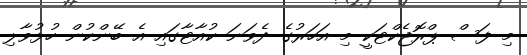
މި ފަސް ޕްރޮޖެކްޓަކީ މި އަހަރުގެ ދެވަނަ ކުއާޓާގައި އެ ބޭންކުން ހުޅުވާލި